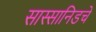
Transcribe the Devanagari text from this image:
सास्सानिडचे